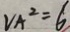
V A ^ { 2 } = 6